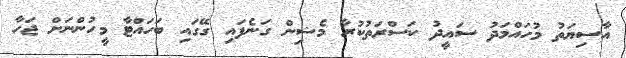
އާސިޔަތު މުހައްމަދު ސައީދު ކަސްރަތުކުރާ މެޝިން ގަނެފައި ގޭގައި ބަހައްޓާ މީހުންނަށް ޖަހާ